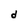
Character: d